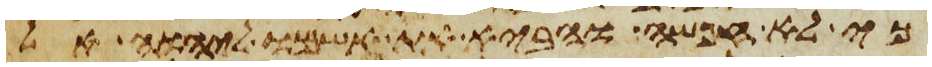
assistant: כי לא חפשה והביא את אשמו ליהוה אל